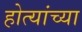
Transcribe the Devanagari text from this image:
होत्यांच्या